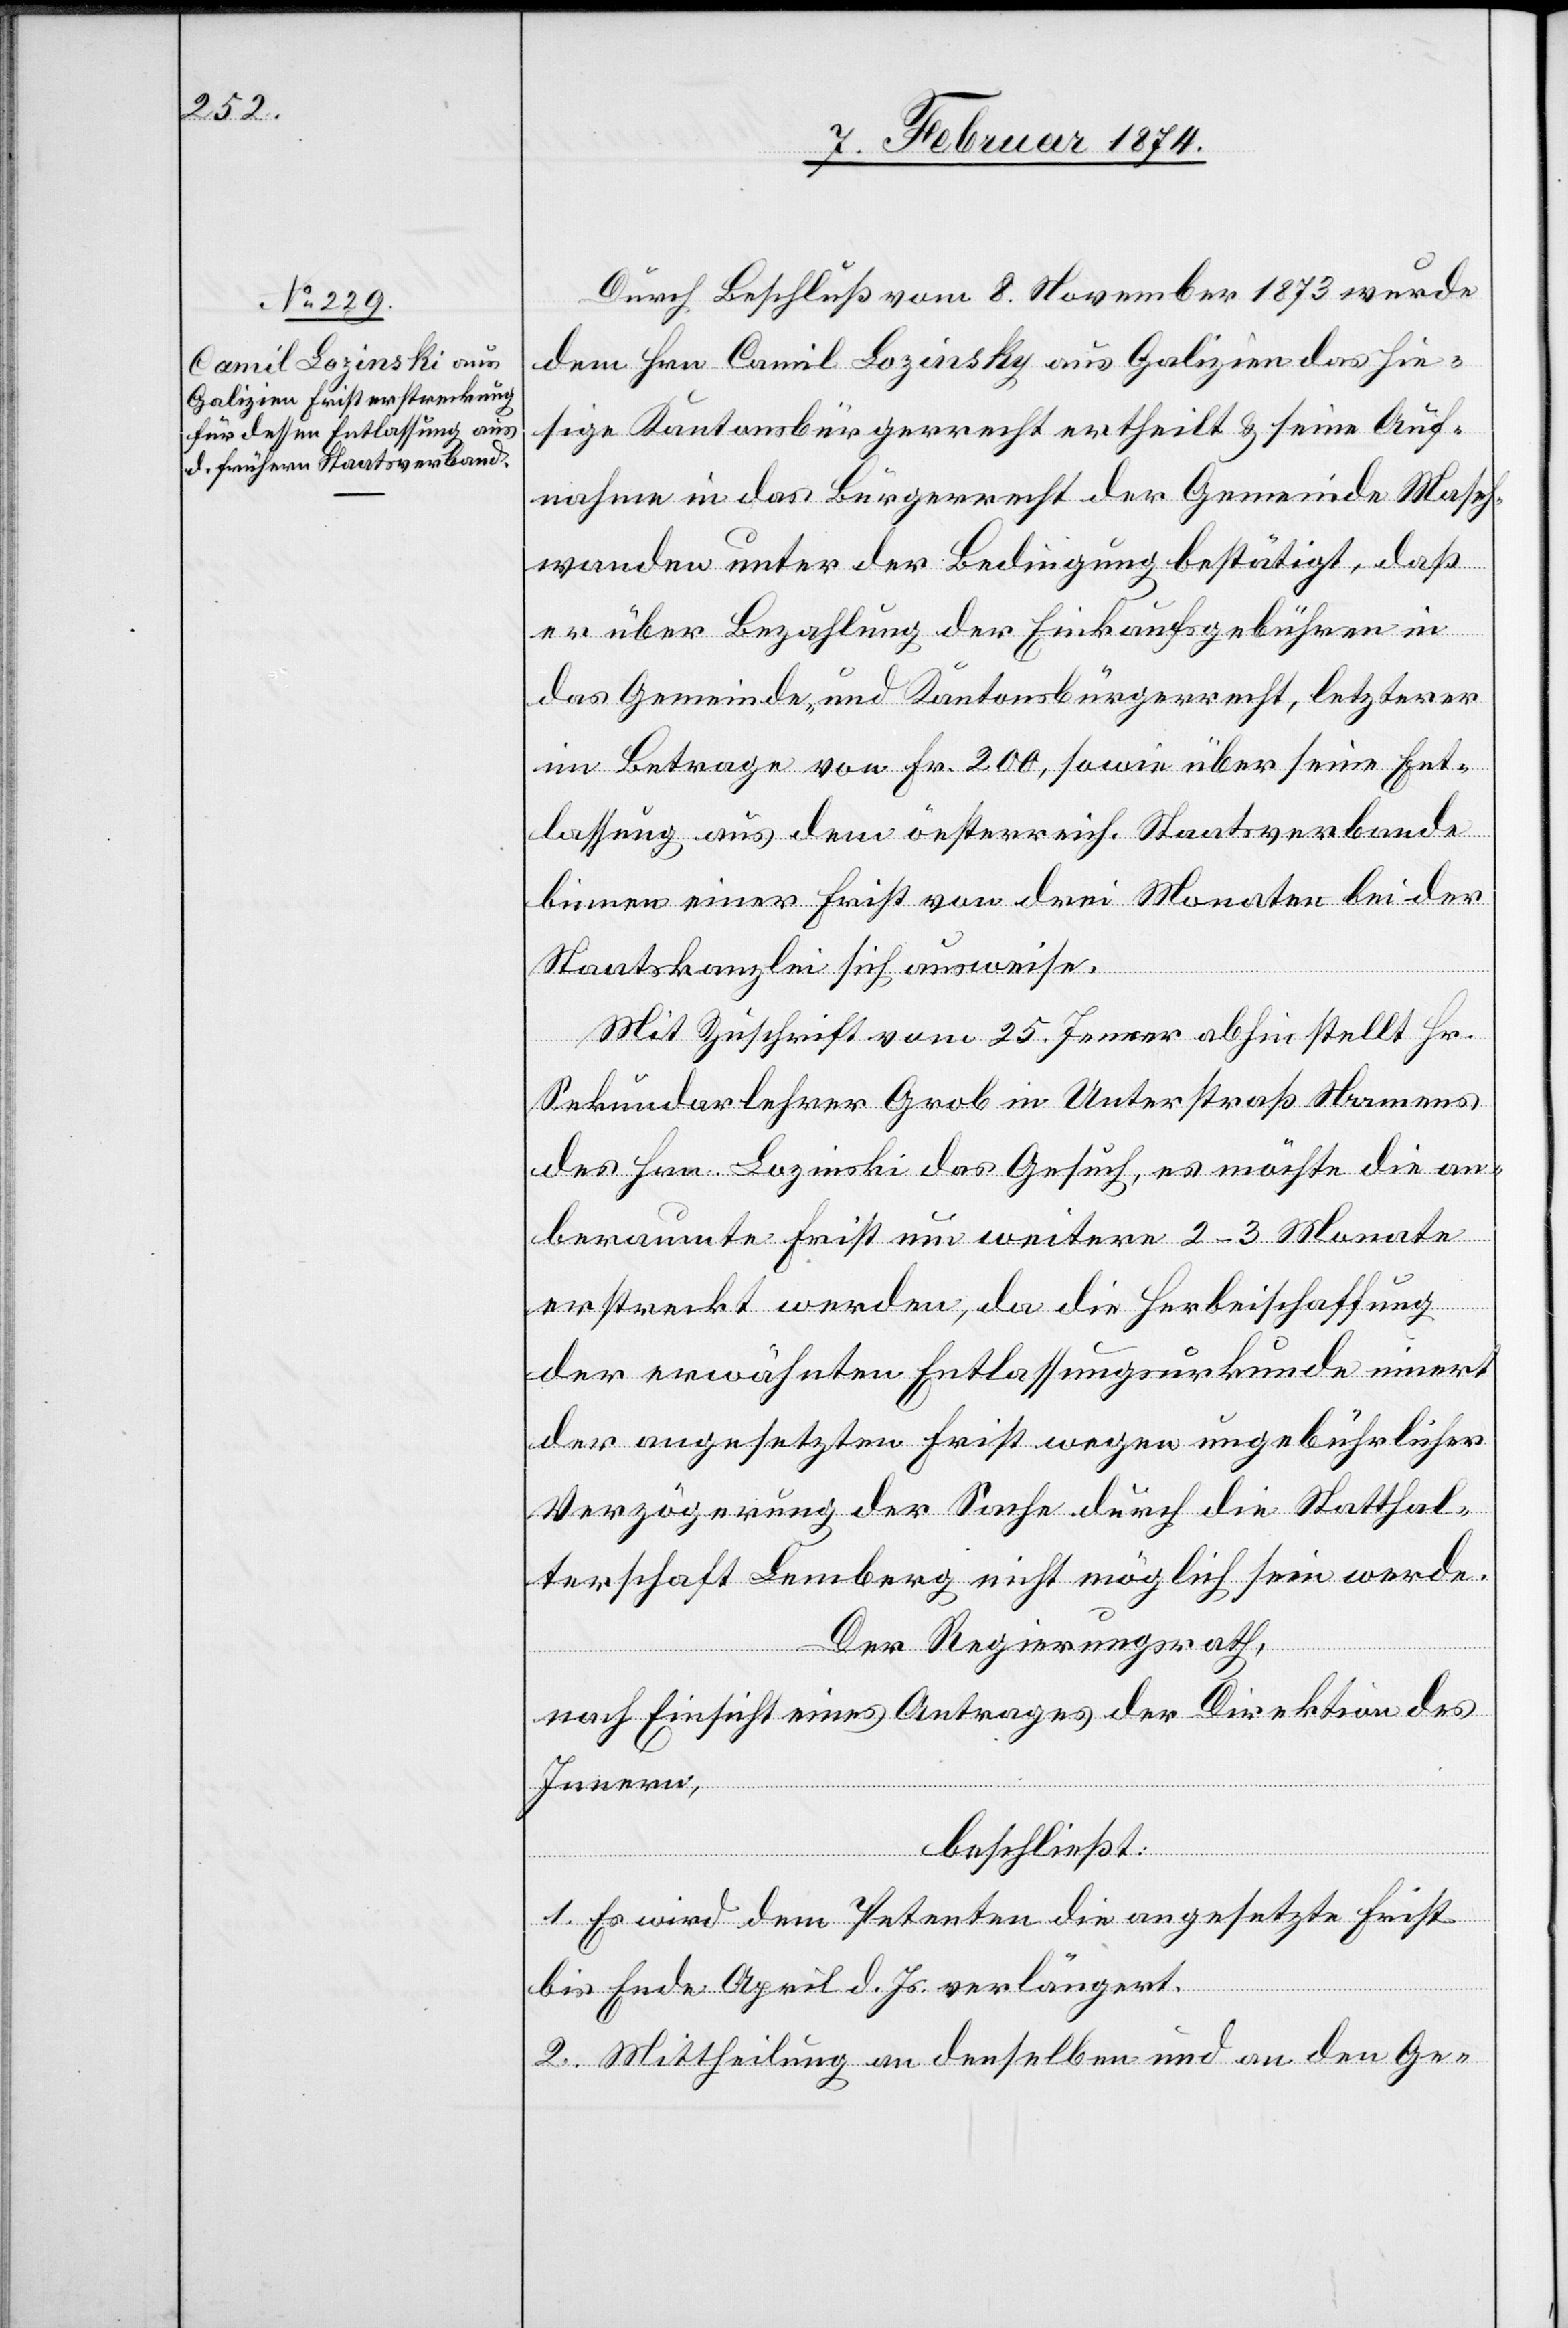
Durch Beschluß vom 8. November 1873 wurde
dem Hrn. Camil Lozinsky [sic!] aus Galizien das hie¬
sige Kantonsbürgerrecht ertheilt u. seine Auf¬
nahme in das Bürgerrecht der Gemeinde Masch¬
wanden unter der Bedingung bestätigt, daß
er über Bezahlung der Einkaufsgebühren in
das Gemeinde- und Kantonsbürgerrecht, letzterer
im Betrage von Fr. 200, sowie über seine Ent¬
lassung aus dem österreich. Staatsverbande
binnen einer Frist von drei Monaten bei der
Staatskanzlei sich ausweise.
Mit Zuschrift vom 25. Jenner abhin stellt Hr.
Sekundarlehrer Grob in Unterstraaß Namens
des Hrn. Lozinski das Gesuch, es möchte die an¬
beraumte Frist um weitere 2–3 Monate
erstreckt werden, da die Herbeischaffung
der erwähnten Entlassungsurkunde innert
der angesetzten Frist wegen ungebührlicher
Verzögerung der Sache durch die Statthal¬
terschaft Lemberg nicht möglich sein werde.
Der Regierungsrath,
nach Einsicht eines Antrages der Direktion des
Innern,
beschließt:
1. Es wird dem Petenten die angesetzte Frist
bis Ende April d. Js. verlängert.
2. Mittheilung an denselben und an den Ge-